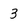
Character: 3